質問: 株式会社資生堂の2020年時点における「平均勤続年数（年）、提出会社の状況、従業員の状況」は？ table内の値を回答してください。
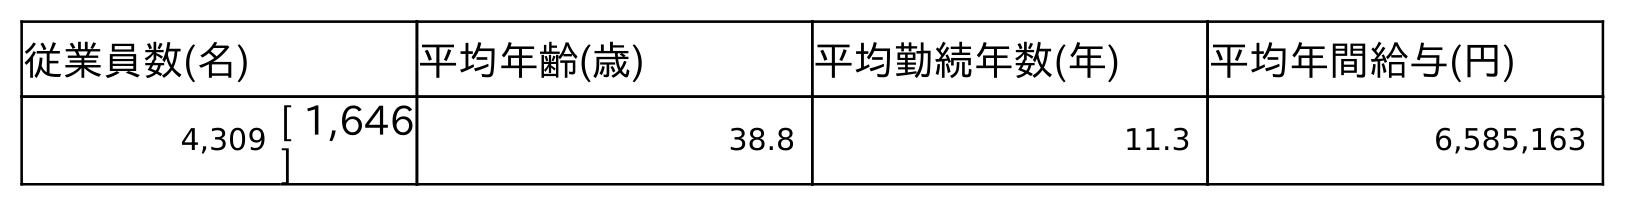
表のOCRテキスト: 従業員数(名) 平均年齢(歳) 平均勤続年数(年) 平均年間給与(円) 4,309 [ 1,646 ] 38.8 11.3 6,585,163
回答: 11.3